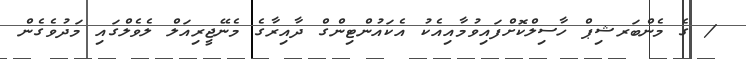
/ ގެ މެންބަރޝިޕް ހާސިލްކޮށްފައިވުމާއިއެކު އެކައުންޓިންގް ދާއިރާގެ މެނޭޖީރިއަލް ލެވެލްގައި މަދުވެގެން